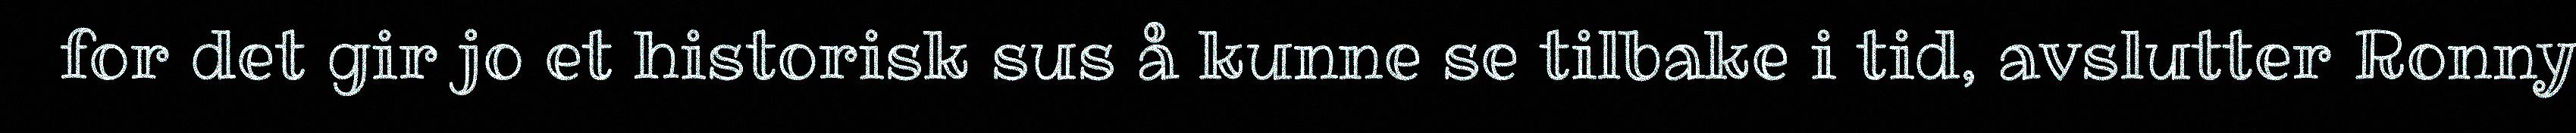
for det gir jo et historisk sus å kunne se tilbake i tid, avslutter Ronny